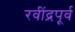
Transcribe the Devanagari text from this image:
रवींद्रपूर्व